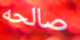
صالحه